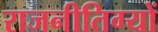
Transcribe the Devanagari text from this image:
राजनीतिग्यों